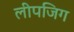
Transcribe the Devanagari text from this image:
लीपजिग